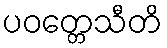
ပဝတ္တေသီတိ